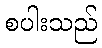
စပါးသည်